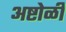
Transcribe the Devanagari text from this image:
अष्टोळी